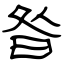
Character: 昝